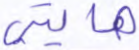
هايتي